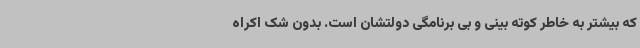
که بیشتر به خاطر کوته بینی و بی برنامگی دولتشان است. بدون شک اکراه